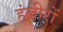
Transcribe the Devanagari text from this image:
हंजीरों